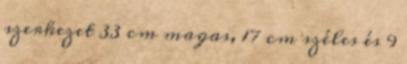
szerkezet 33 cm magas, 17 cm széles és 9